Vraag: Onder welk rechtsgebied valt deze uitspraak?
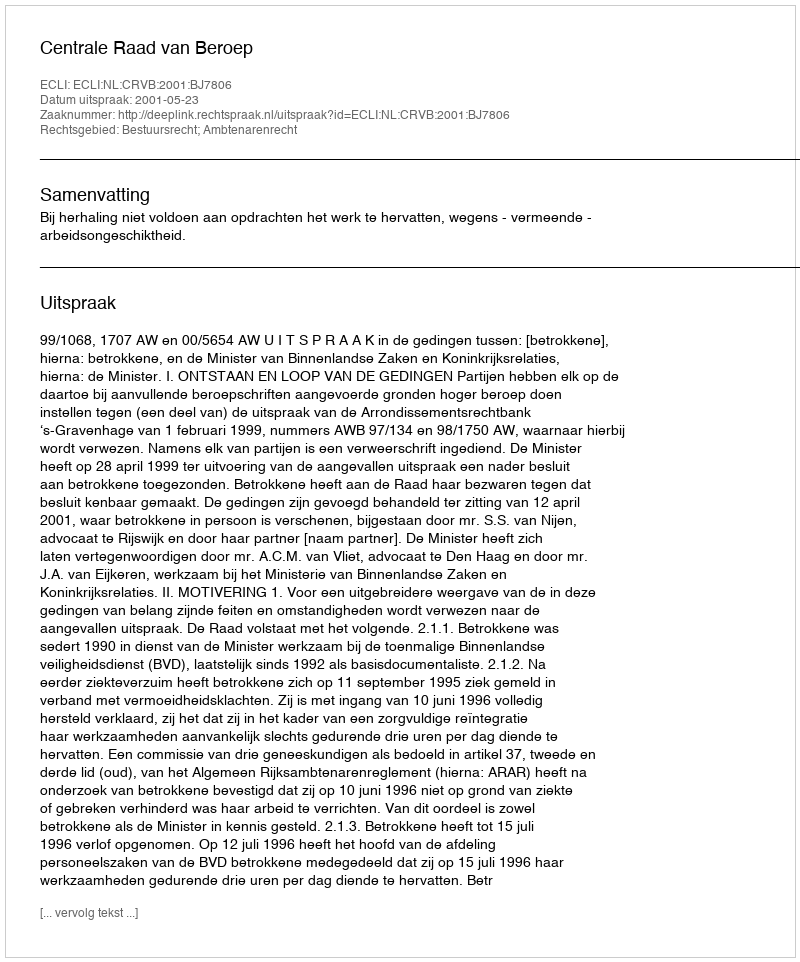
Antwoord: Bestuursrecht; Ambtenarenrecht